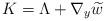
LaTeX: \begin{align*} K=\Lambda+\nabla_y\widetilde{w} \end{align*}